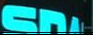
SD